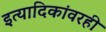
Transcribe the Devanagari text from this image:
इत्यादिकांवरही